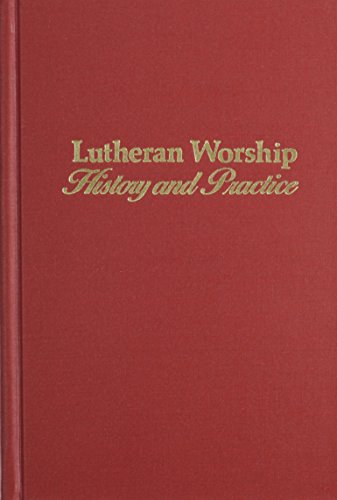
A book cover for Lutheran Worship: History and Practice; James Leonard Brauer; Christian Books & Bibles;